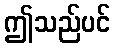
ဤသည်ပင်